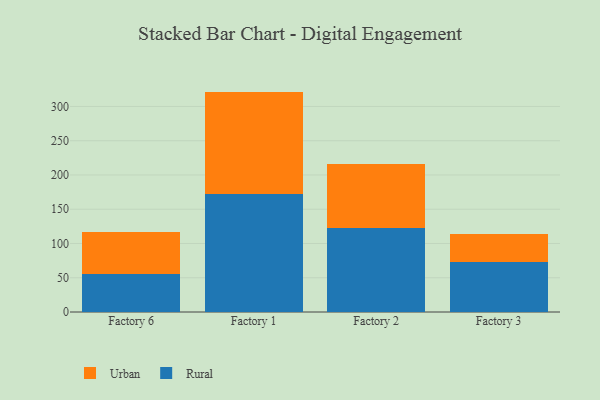
{"axis": {"x": "Factory", "y": "Latency (ms)"}, "legend": ["Rural", "Urban"], "data": [{"x": "Factory 6", "y": 55.0, "type": "Rural"}, {"x": "Factory 6", "y": 61.1, "type": "Urban"}, {"x": "Factory 1", "y": 171.9, "type": "Rural"}, {"x": "Factory 1", "y": 149.8, "type": "Urban"}, {"x": "Factory 2", "y": 123.0, "type": "Rural"}, {"x": "Factory 2", "y": 93.2, "type": "Urban"}, {"x": "Factory 3", "y": 72.6, "type": "Rural"}, {"x": "Factory 3", "y": 40.8, "type": "Urban"}]}